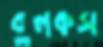
বুলকস